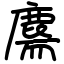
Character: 𪊫